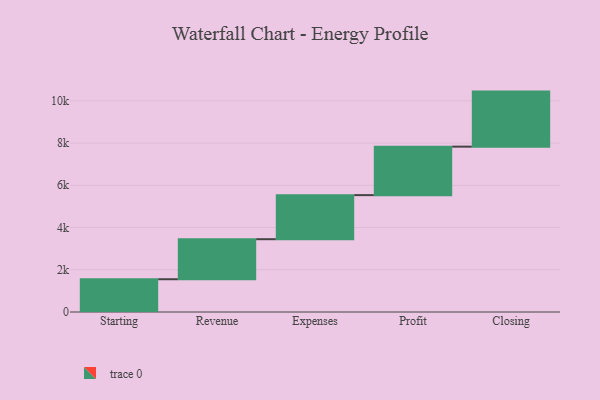
{"axis": {"x": "Step", "y": "Value"}, "legend": [""], "data": [{"x": "Starting", "y": 1551.0, "type": ""}, {"x": "Revenue", "y": 1896.0, "type": ""}, {"x": "Expenses", "y": 2087.0, "type": ""}, {"x": "Profit", "y": 2296.0, "type": ""}, {"x": "Closing", "y": 2606.0, "type": ""}]}